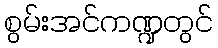
စွမ်းအင်ကဏ္ဍတွင်